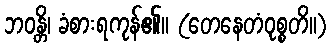
ဘဝန္တိ၊ ခံစားရကုန်၏။ (တေနေတံဝုစ္စတိ။)